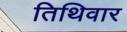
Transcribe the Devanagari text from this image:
तिथिवार